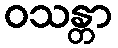
ဝသန္တာ